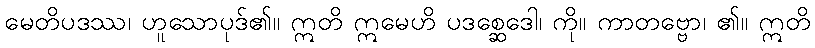
မေတိပဒဿ၊ ဟူသောပုဒ်၏။ ဣတိ ဣမေဟိ ပဒစ္ဆေဒေါ၊ ကို။ ကာတဗ္ဗော၊ ၏။ ဣတိ